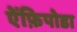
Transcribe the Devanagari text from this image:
ऐंफ़िपोडा